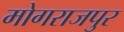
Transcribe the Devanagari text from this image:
मोगराजपुर